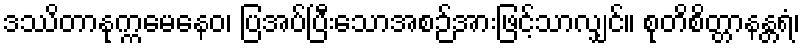
ဒဿိတာနုက္ကမေနေဝ၊ ပြအပ်ပြီးသောအစဉ်အားဖြင့်သာလျှင်။ စုတိစိတ္တာနန္တရံ၊